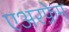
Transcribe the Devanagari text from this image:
एअरफ्रेम